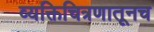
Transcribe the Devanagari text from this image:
व्यक्तिचित्रणातूनच